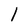
Character: l